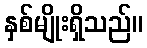
နှစ်မျိုးရှိသည်။